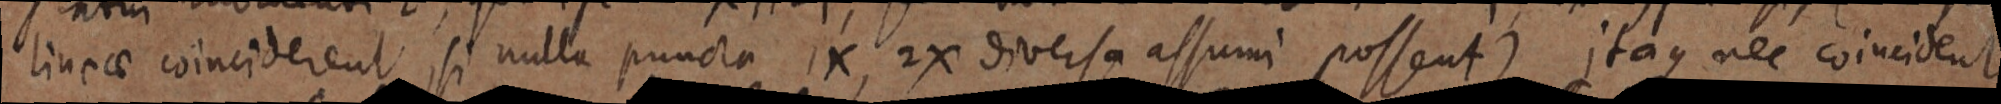
lineae coinciderent, si nulla puncta 1X, 2X diversa assumi possent) itaque nec coincident